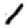
Digit: 1